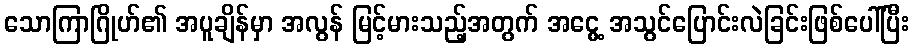
သောကြာဂြိုဟ်၏ အပူချိန်မှာ အလွန် မြင့်မားသည့်အတွက် အငွေ့ အသွင်ပြောင်းလဲခြင်းဖြစ်ပေါ်ပြီး